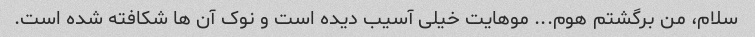
سلام، من برگشتم هوم... موهایت خیلی آسیب دیده است و نوک آن ها شکافته شده است.